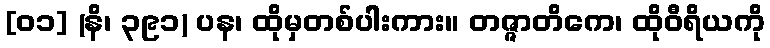
[၀၁] (နိ၊ ၃၉၁) ပန၊ ထိုမှတစ်ပါးကား။ တဇ္ဇာတိကေ၊ ထိုဝီရိယကို